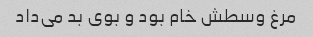
مرغ وسطش خام بود و بوی بد می‌داد